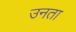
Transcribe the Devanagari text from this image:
उनता